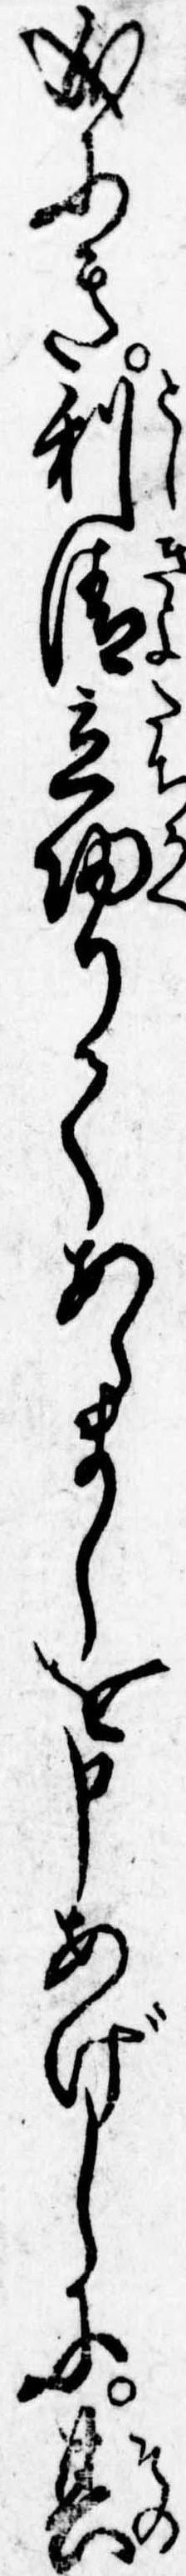
成にき利清立帰りてあらましを申あげしに其